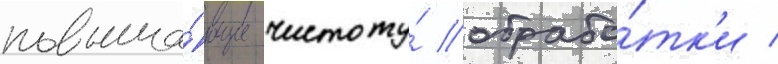
повыша́ющие чистоту́ обрабо́тк'и /